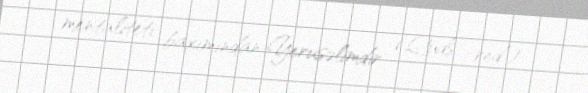
mentaliteti baxımından Yerusəlimdir (Qüds -red.).